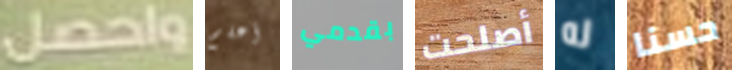
واحصل أعلم بقدمي أصلحت له حسنا